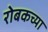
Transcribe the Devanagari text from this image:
रोबकच्या